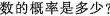
数的概率是多少?